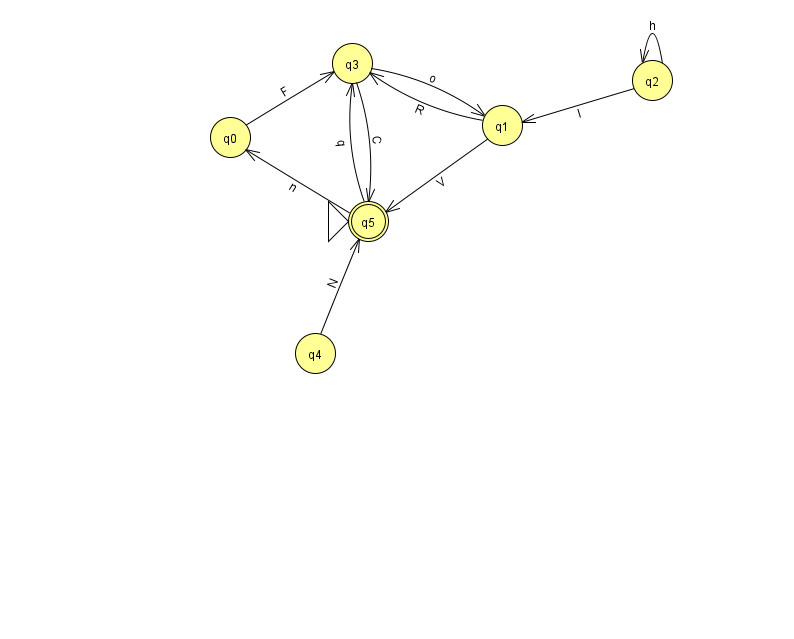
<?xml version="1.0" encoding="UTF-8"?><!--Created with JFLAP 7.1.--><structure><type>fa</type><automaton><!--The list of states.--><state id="0" name="q0"><x>230.0</x><y>124.0</y></state><state id="1" name="q1"><x>502.0</x><y>112.0</y></state><state id="2" name="q2"><x>652.0</x><y>67.0</y></state><state id="3" name="q3"><x>352.0</x><y>50.0</y></state><state id="4" name="q4"><x>315.0</x><y>340.0</y></state><state id="5" name="q5"><x>368.0</x><y>208.0</y><initial/><final/></state><!--The list of transitions.--><transition><from>2</from><to>1</to><read>I</read></transition><transition><from>4</from><to>5</to><read>N</read></transition><transition><from>5</from><to>0</to><read>n</read></transition><transition><from>5</from><to>3</to><read>q</read></transition><transition><from>1</from><to>3</to><read>R</read></transition><transition><from>3</from><to>5</to><read>C</read></transition><transition><from>1</from><to>5</to><read>V</read></transition><transition><from>2</from><to>2</to><read>h</read></transition><transition><from>3</from><to>1</to><read>o</read></transition><transition><from>0</from><to>3</to><read>F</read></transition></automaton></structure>